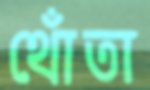
থোঁতা